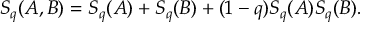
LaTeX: S _ { q } ( A , B ) = S _ { q } ( A ) + S _ { q } ( B ) + ( 1 - q ) S _ { q } ( A ) S _ { q } ( B ) .